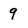
Character: 9